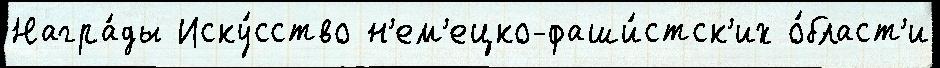
Награ́ды Иску́сство н'ем'ецко-фаши́стск'их о́бласт'и